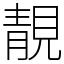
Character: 靚